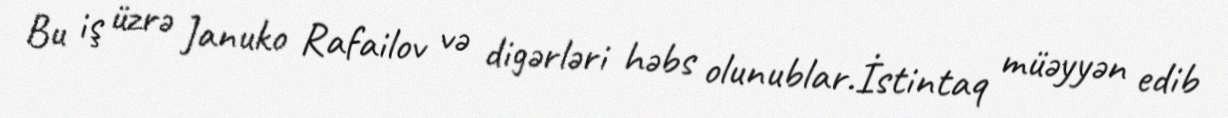
Bu iş üzrə Januko Rafailov və digərləri həbs olunublar.İstintaq müəyyən edib